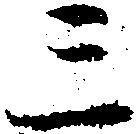
三